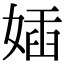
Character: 㛼